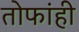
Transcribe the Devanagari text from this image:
तोफांही